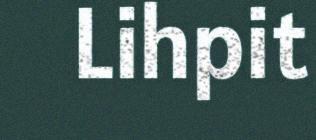
Lihpit